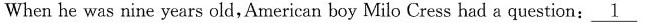
When he was nine years old,American boy Milo Cress had a question: \underline{1}